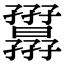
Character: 𡦷